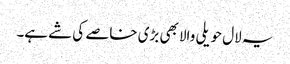
یہ لال حویلی والا بھی بڑی خاصے کی شے ہے۔